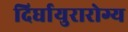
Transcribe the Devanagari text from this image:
दिर्घायुरारोग्य